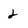
Character: 2